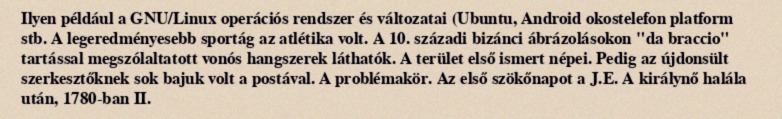
Ilyen például a GNU/Linux operációs rendszer és változatai (Ubuntu, Android okostelefon platform stb. A legeredményesebb sportág az atlétika volt. A 10. századi bizánci ábrázolásokon "da braccio" tartással megszólaltatott vonós hangszerek láthatók. A terület első ismert népei. Pedig az újdonsült szerkesztőknek sok bajuk volt a postával. A problémakör. Az első szökőnapot a J.E. A királynő halála után, 1780-ban II.